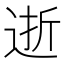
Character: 逝